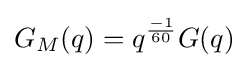
G_{M}(q)=q^{\frac {-1}{60}}G(q)